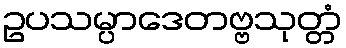
ဥပသမ္ပာဒေတဗ္ဗသုတ္တံ